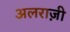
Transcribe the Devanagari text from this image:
अलराज़ी